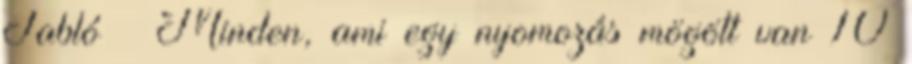
Tabló – Minden, ami egy nyomozás mögött van 10